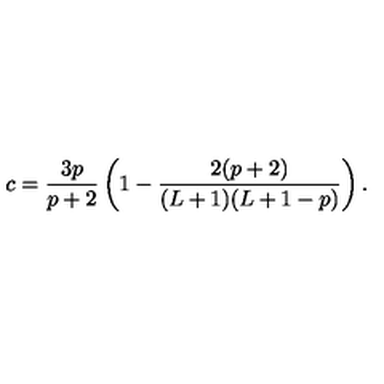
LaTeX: c = \frac { 3 p } { p + 2 } \left( 1 - \frac { 2 ( p + 2 ) } { ( L + 1 ) ( L + 1 - p ) } \right) .